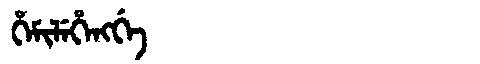
Manchu: ᡥᡝᠮᡳᠯᡝᡥᡝᠩᡤᡝ
Romanization: HEMILEHENGGE